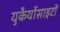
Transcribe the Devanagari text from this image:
युकैर्योसाइटों